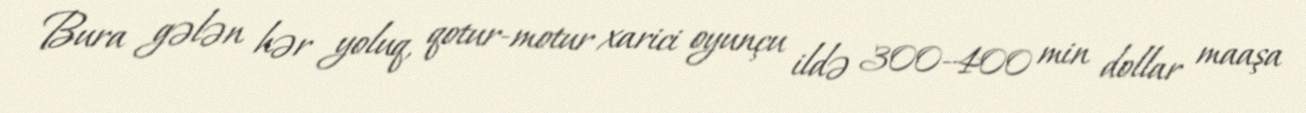
Bura gələn hər yoluq, qotur-motur xarici oyunçu ildə 300-400 min dollar maaşa